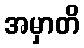
အမှာတိ